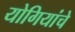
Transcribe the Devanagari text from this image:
योगियांचे